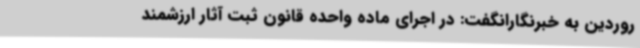
روردین به خبرنگارانگفت: در اجرای ماده واحده قانون ثبت آثار ارزشمند